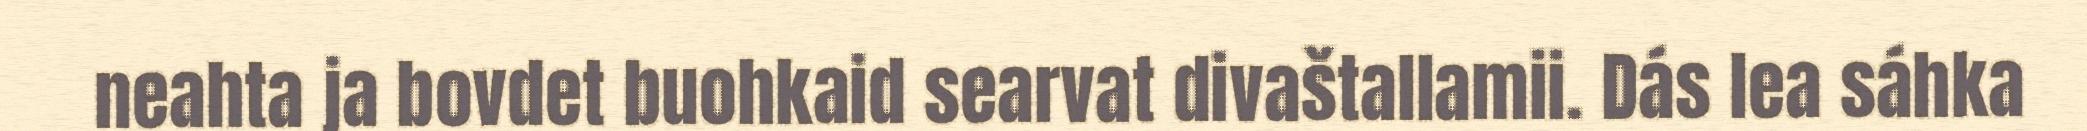
neahta ja bovdet buohkaid searvat divaštallamii. Dás lea sáhka